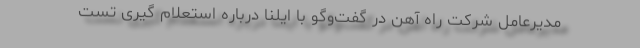
مدیرعامل شرکت راه آهن در گفت‌وگو با ایلنا درباره استعلام گیری تست